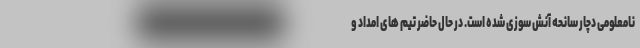
نامعلومی دچار سانحه آنش سوزی شده است. در حال حاضر تیم های امداد و